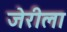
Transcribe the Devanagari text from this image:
जेरीला